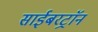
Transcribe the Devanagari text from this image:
साईबरट्राॅन